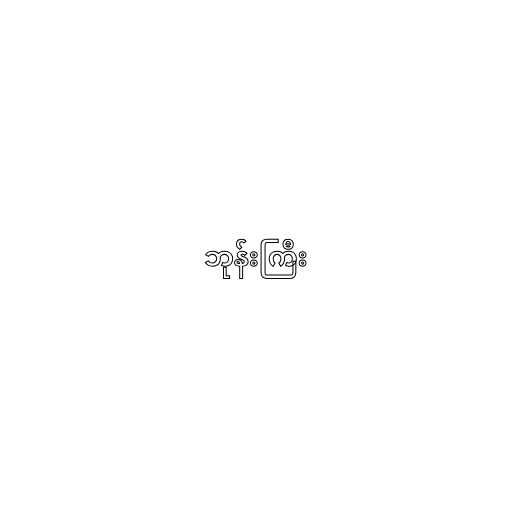
ဘုန်းကြီး